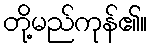
တို့မည်ကုန်၏။